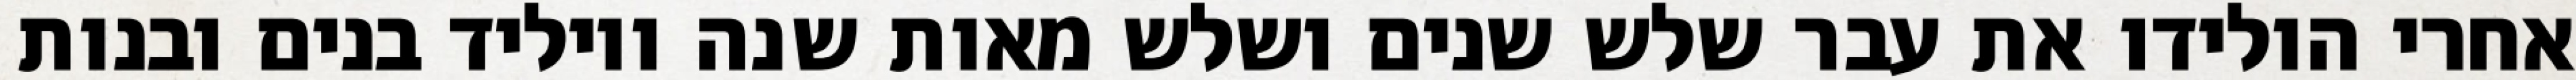
אחרי הולידו את עבר שלש שנים ושלש מאות שנה ויוליד בנים ובנות